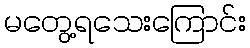
မတွေ့ရသေးကြောင်း